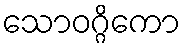
သောဝဂ္ဂိကော